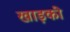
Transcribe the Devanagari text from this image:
खाड़की